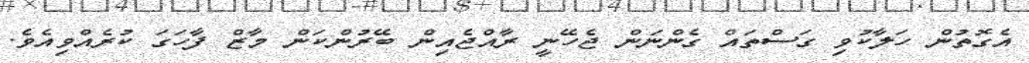
އެގޮތުން ހަލާކުވި ގަސްތައް ގެންނަން ޖެހޭނީ ރާއްޖެއިން ބޭރުންކަން މާޒް ފާހަގަ ކުރެއްވިއެވެ.